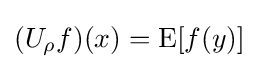
(U_{\rho }f)(x)=\operatorname {E} [f(y)]